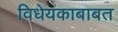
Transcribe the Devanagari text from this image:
विधेयकाबाबत